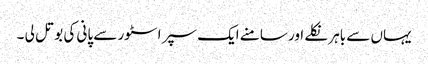
یہاں سے باہر نکلے اور سامنے ایک سپر اسٹور سے پانی کی بوتل لی ۔